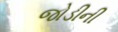
જોડીની